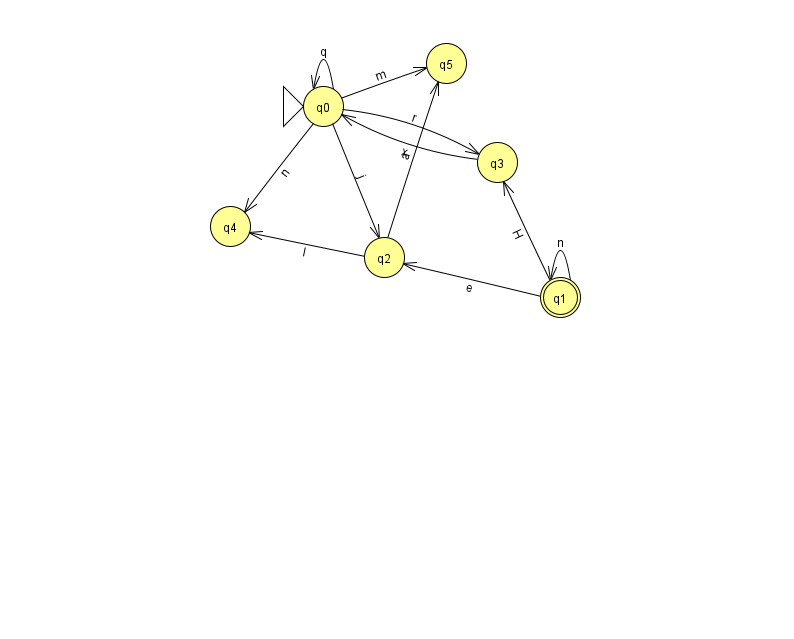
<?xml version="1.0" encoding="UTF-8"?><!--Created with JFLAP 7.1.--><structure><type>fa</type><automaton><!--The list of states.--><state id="0" name="q0"><x>323.0</x><y>93.0</y><initial/></state><state id="1" name="q1"><x>560.0</x><y>284.0</y><final/></state><state id="2" name="q2"><x>384.0</x><y>244.0</y></state><state id="3" name="q3"><x>497.0</x><y>149.0</y></state><state id="4" name="q4"><x>230.0</x><y>213.0</y></state><state id="5" name="q5"><x>446.0</x><y>50.0</y></state><!--The list of transitions.--><transition><from>1</from><to>2</to><read>e</read></transition><transition><from>0</from><to>0</to><read>q</read></transition><transition><from>0</from><to>3</to><read>r</read></transition><transition><from>2</from><to>4</to><read>I</read></transition><transition><from>0</from><to>4</to><read>n</read></transition><transition><from>2</from><to>5</to><read>a</read></transition><transition><from>1</from><to>3</to><read>H</read></transition><transition><from>3</from><to>0</to><read>x</read></transition><transition><from>0</from><to>2</to><read>j</read></transition><transition><from>1</from><to>1</to><read>n</read></transition><transition><from>0</from><to>5</to><read>m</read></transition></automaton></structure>